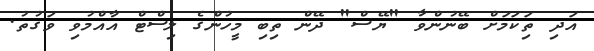
އަދި ތިަކަމަށް ބޭނުންވާ "ޔޭސް" ދޭން ތިބި މީހުންގެ ލިސްޓް އާއްމުވި ވަގުތު.